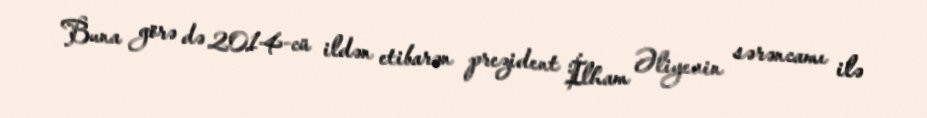
Buna görə də 2014-cü ildən etibarən prezident İlham Əliyevin sərəncamı ilə